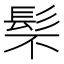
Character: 䯱